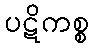
ပဋိကစ္စ